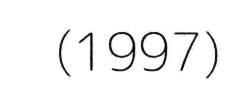
(1997)